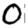
Digit: 0